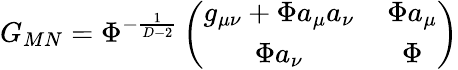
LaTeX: G_{MN}=\Phi^{-\frac{1}{D-2}}\left(\begin{array}{cc}{{g_{\mu\nu}+\Phi a_{\mu}a_{\nu}}}&{{\, \Phi a_{\mu}}}\\ {{\Phi a_{\nu}}}&{{\, \Phi}}\end{array}\right)